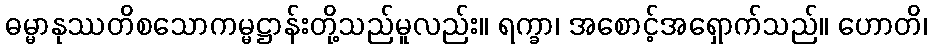
ဓမ္မာနုဿတိစသောကမ္မဋ္ဌာန်းတို့သည်မူလည်း။ ရက္ခာ၊ အစောင့်အရှောက်သည်။ ဟောတိ၊